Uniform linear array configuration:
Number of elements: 24
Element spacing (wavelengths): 0.25
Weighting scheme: hann
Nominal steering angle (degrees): -15
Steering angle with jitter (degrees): -14.196
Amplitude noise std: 0.05
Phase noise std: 0.05

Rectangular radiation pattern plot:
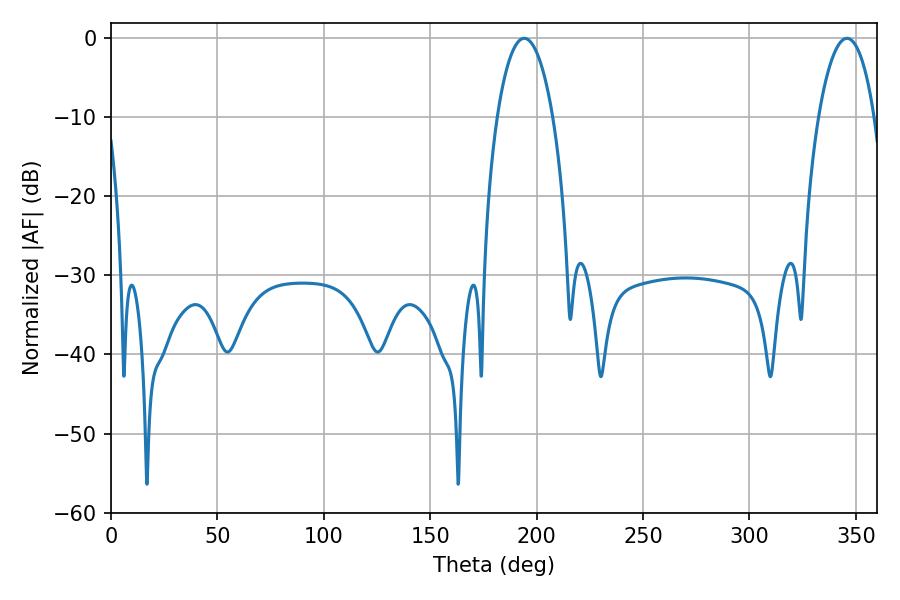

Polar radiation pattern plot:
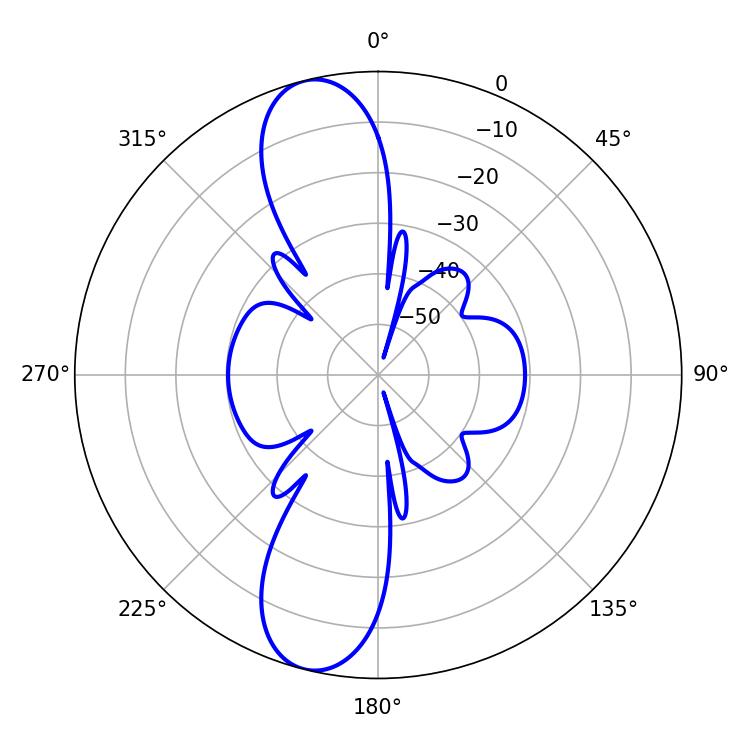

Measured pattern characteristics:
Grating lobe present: FALSE
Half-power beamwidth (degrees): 14.58
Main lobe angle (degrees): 194.22